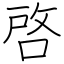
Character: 啓